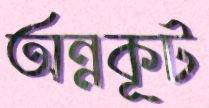
অন্নকূট